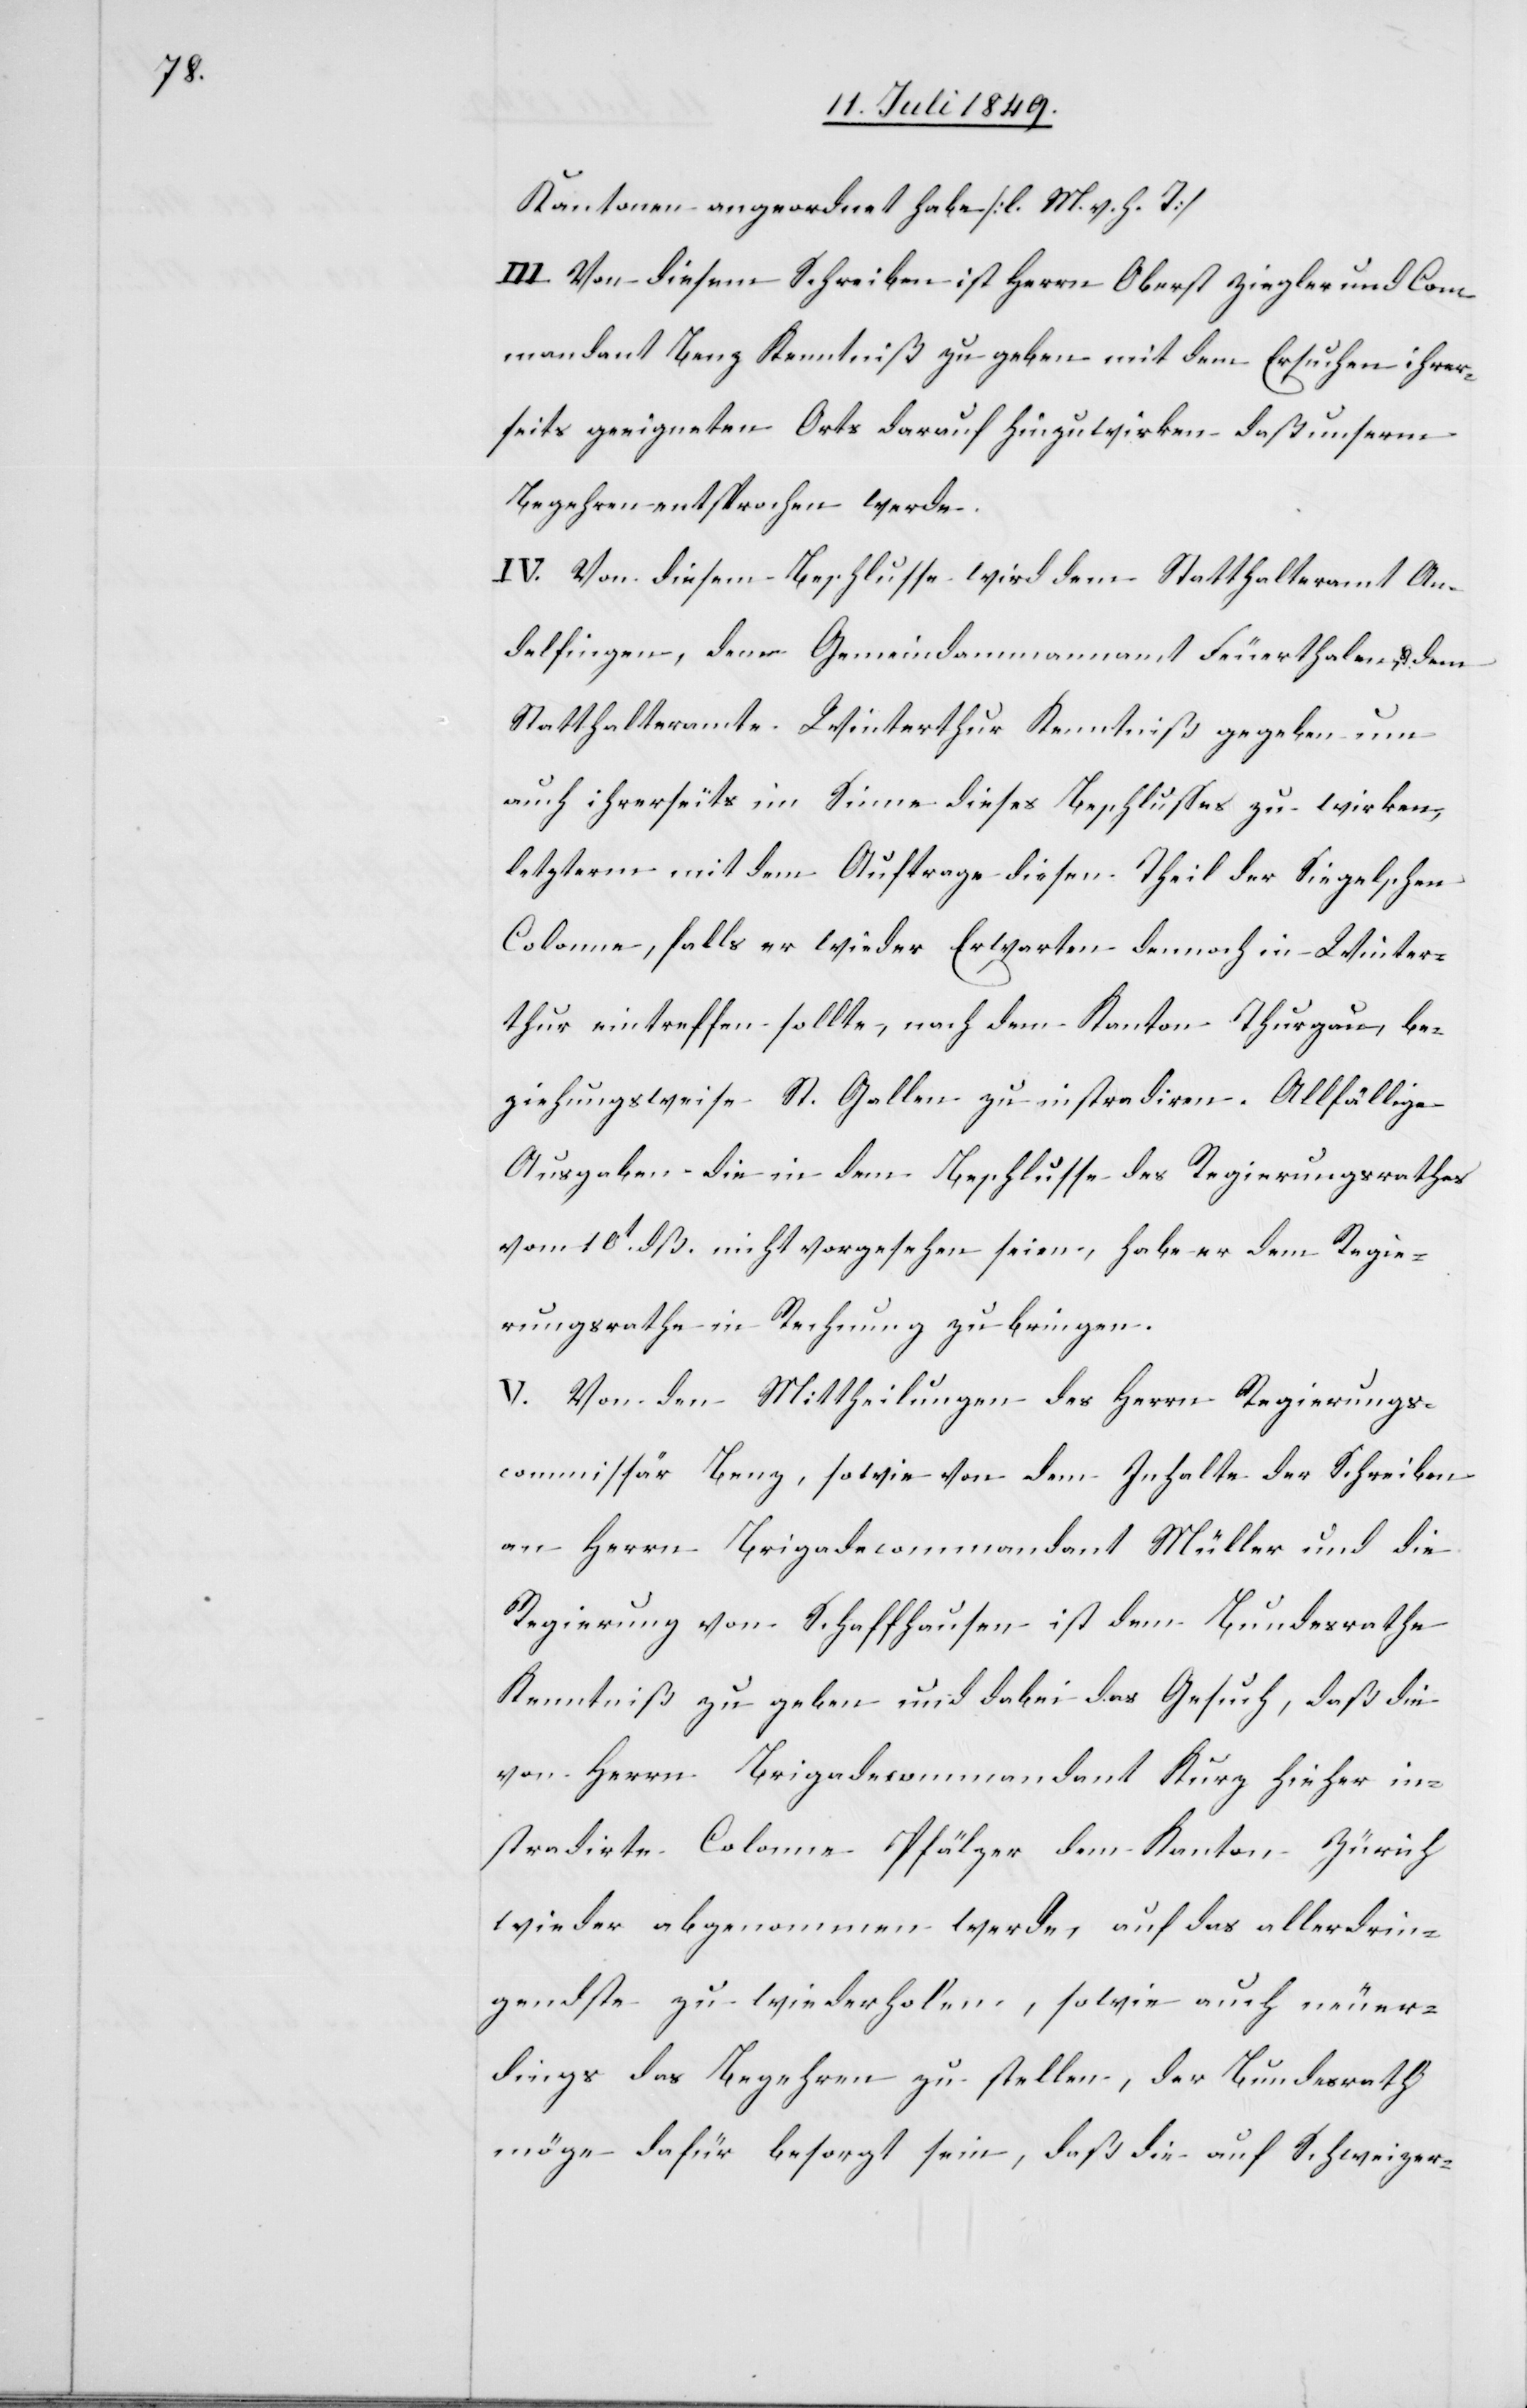
Kantonen angeordnet habe [l. M. h. T]
III. Von diesem Schreiben ist Herrn Oberst Ziegler und Com¬
mandant Benz Kenntniß zu geben mit dem Ersuchen ihrer¬
seits geeigneten Orts darauf hinzuwirken daß unserm
Begehren entsprochen werde.
IV. Von diesem Beschlusse wird dem Statthalteramt An¬
delfingen, den Gemeindammannamt Feuerthalen u. dem
Statthalteramte Winterthur Kenntniß gegeben um
auch ihrerseits im Sinne dieses Beschlusses zu wirken,
letzterm mit dem Auftrage diesen Theil der Siegelschen
Colonne, falls er wieder Erwarten dennoch in Winter¬
thur eintreffen sollte, nach dem Kanton Thurgau, be¬
ziehungsweise St. Gallen zu instradiren. Allfällige
Ausgaben die in dem Beschlusse des Regierungsrathes
vom 10t dß. nicht vorgesehen seien, habe er dem Regie¬
rungsrathe in Rechnung zu bringen.
V. Von den Mittheilungen des Herrn Regierungs¬
commissär Benz, sowie von dem Inhalte der Schreiben
an Herrn Brigadecommandant Müller und die
Regierung von Schaffhausen ist dem Bundesrathe
Kenntniß zu geben und dabei das Gesuch, daß die
von Herrn Brigadecommandant Kurz hieher in¬
stradirte Colonne Pfälzer dem Kanton Zürich
wieder abgenommen werde, auf das allerdrin¬
gste zu wiederholen, sowie auch neuer¬
dings das Begehren zu stellen, der Bundesrath
möge dafür besorgt sein, daß die auf Schweizer-